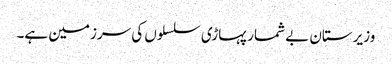
وزیرستان بے شمار پہاڑی سلسلوں کی سرزمین ہے۔